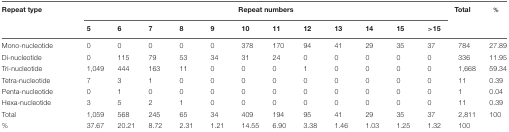
<table><thead><tr><td><b>Repeat type</b></td><td colspan="6"></td><td><b>Repeat numbers</b></td><td><b>Total</b></td><td><b>%</b></td></tr><tr><td></td><td><b>5</b></td><td><b>6</b></td><td><b>7</b></td><td><b>8</b></td><td><b>9</b></td><td><b>10</b></td><td><b>11</b></td><td><b>12</b></td><td><b>13</b></td><td><b>14</b></td><td><b>15</b></td><td><b>&gt;15</b></td><td></td><td></td></tr></thead><tbody><tr><td>Mono-nucleotide</td><td>0</td><td>0</td><td>0</td><td>0</td><td>0</td><td>378</td><td>170</td><td>94</td><td>41</td><td>29</td><td>35</td><td>37</td><td>784</td><td>27.89</td></tr><tr><td>Di-nucleotide</td><td>0</td><td>115</td><td>79</td><td>53</td><td>34</td><td>31</td><td>24</td><td>0</td><td>0</td><td>0</td><td>0</td><td>0</td><td>336</td><td>11.95</td></tr><tr><td>Tri-nucleotide</td><td>1,049</td><td>444</td><td>163</td><td>11</td><td>0</td><td>0</td><td>0</td><td>1</td><td>0</td><td>0</td><td>0</td><td>0</td><td>1,668</td><td>59.34</td></tr><tr><td>Tetra-nucleotide</td><td>7</td><td>3</td><td>1</td><td>0</td><td>0</td><td>0</td><td>0</td><td>0</td><td>0</td><td>0</td><td>0</td><td>0</td><td>11</td><td>0.39</td></tr><tr><td>Penta-nucleotide</td><td>0</td><td>1</td><td>0</td><td>0</td><td>0</td><td>0</td><td>0</td><td>0</td><td>0</td><td>0</td><td>0</td><td>0</td><td>1</td><td>0.04</td></tr><tr><td>Hexa-nucleotide</td><td>3</td><td>5</td><td>2</td><td>1</td><td>0</td><td>0</td><td>0</td><td>0</td><td>0</td><td>0</td><td>0</td><td>0</td><td>11</td><td>0.39</td></tr><tr><td>Total</td><td>1,059</td><td>568</td><td>245</td><td>65</td><td>34</td><td>409</td><td>194</td><td>95</td><td>41</td><td>29</td><td>35</td><td>37</td><td>2,811</td><td>100</td></tr><tr><td>%</td><td>37.67</td><td>20.21</td><td>8.72</td><td>2.31</td><td>1.21</td><td>14.55</td><td>6.90</td><td>3.38</td><td>1.46</td><td>1.03</td><td>1.25</td><td>1.32</td><td>100</td><td></td></tr></tbody></table>